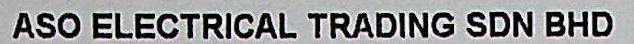
ASO ELECTRICAL TRADING SDN BHD